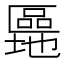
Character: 𫧜